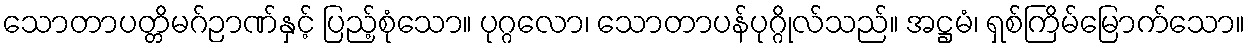
သောတာပတ္တိမဂ်ဉာဏ်နှင့် ပြည့်စုံသော။ ပုဂ္ဂလော၊ သောတာပန်ပုဂ္ဂိုလ်သည်။ အဋ္ဌမံ၊ ရှစ်ကြိမ်မြောက်သော။